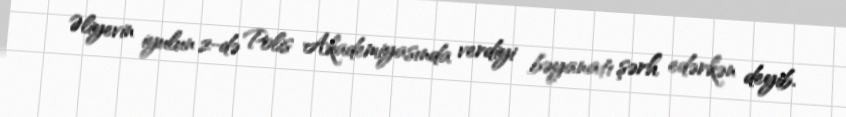
Əliyevin iyulun 2-də Polis Akademiyasında verdiyi bəyanatı şərh edərkən deyib.